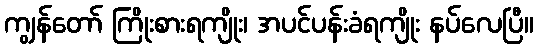
ကျွန်တော် ကြိုးစားရကျိုး၊ အပင်ပန်းခံရကျိုး နပ်လေပြီ။